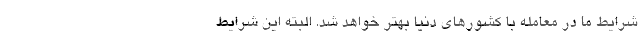
شرایط ما در معامله با کشورهای دنیا بهتر خواهد شد. البته این شرایط